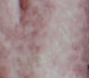
الإنتهاء